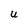
Character: U